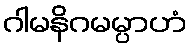
ဂါမနိဂမမ္ပာဟံ